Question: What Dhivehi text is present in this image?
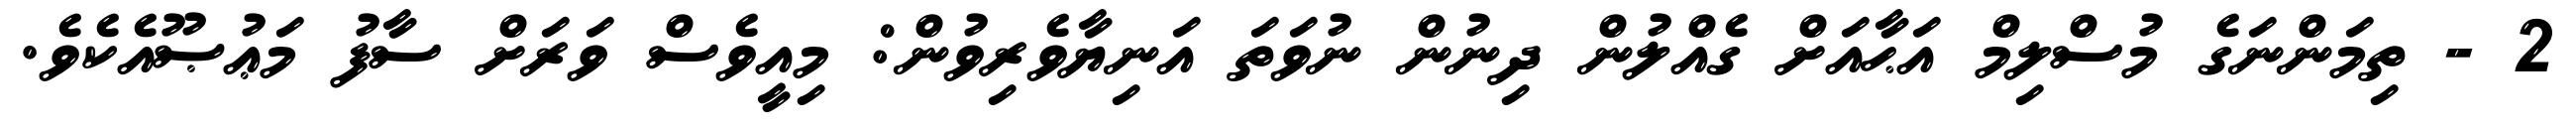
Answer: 2 - ތިމަންނަގެ މުސްލިމް އަޙާއަށް ގެއްލުން ދިނުން ނުވަތަ އަނިޔާވެރިވުން: މިއީވެސް ވަރަށް ސާފު މަޢުޞޫއެކެވެ.